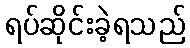
ရပ်ဆိုင်းခဲ့ရသည်